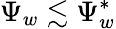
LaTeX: \Psi_{w}\lesssim\Psi_{w}^{*}